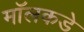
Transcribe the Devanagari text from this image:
मॉलकडे